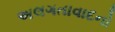
અલગતાવાદનો